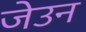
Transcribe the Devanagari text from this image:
जेउन